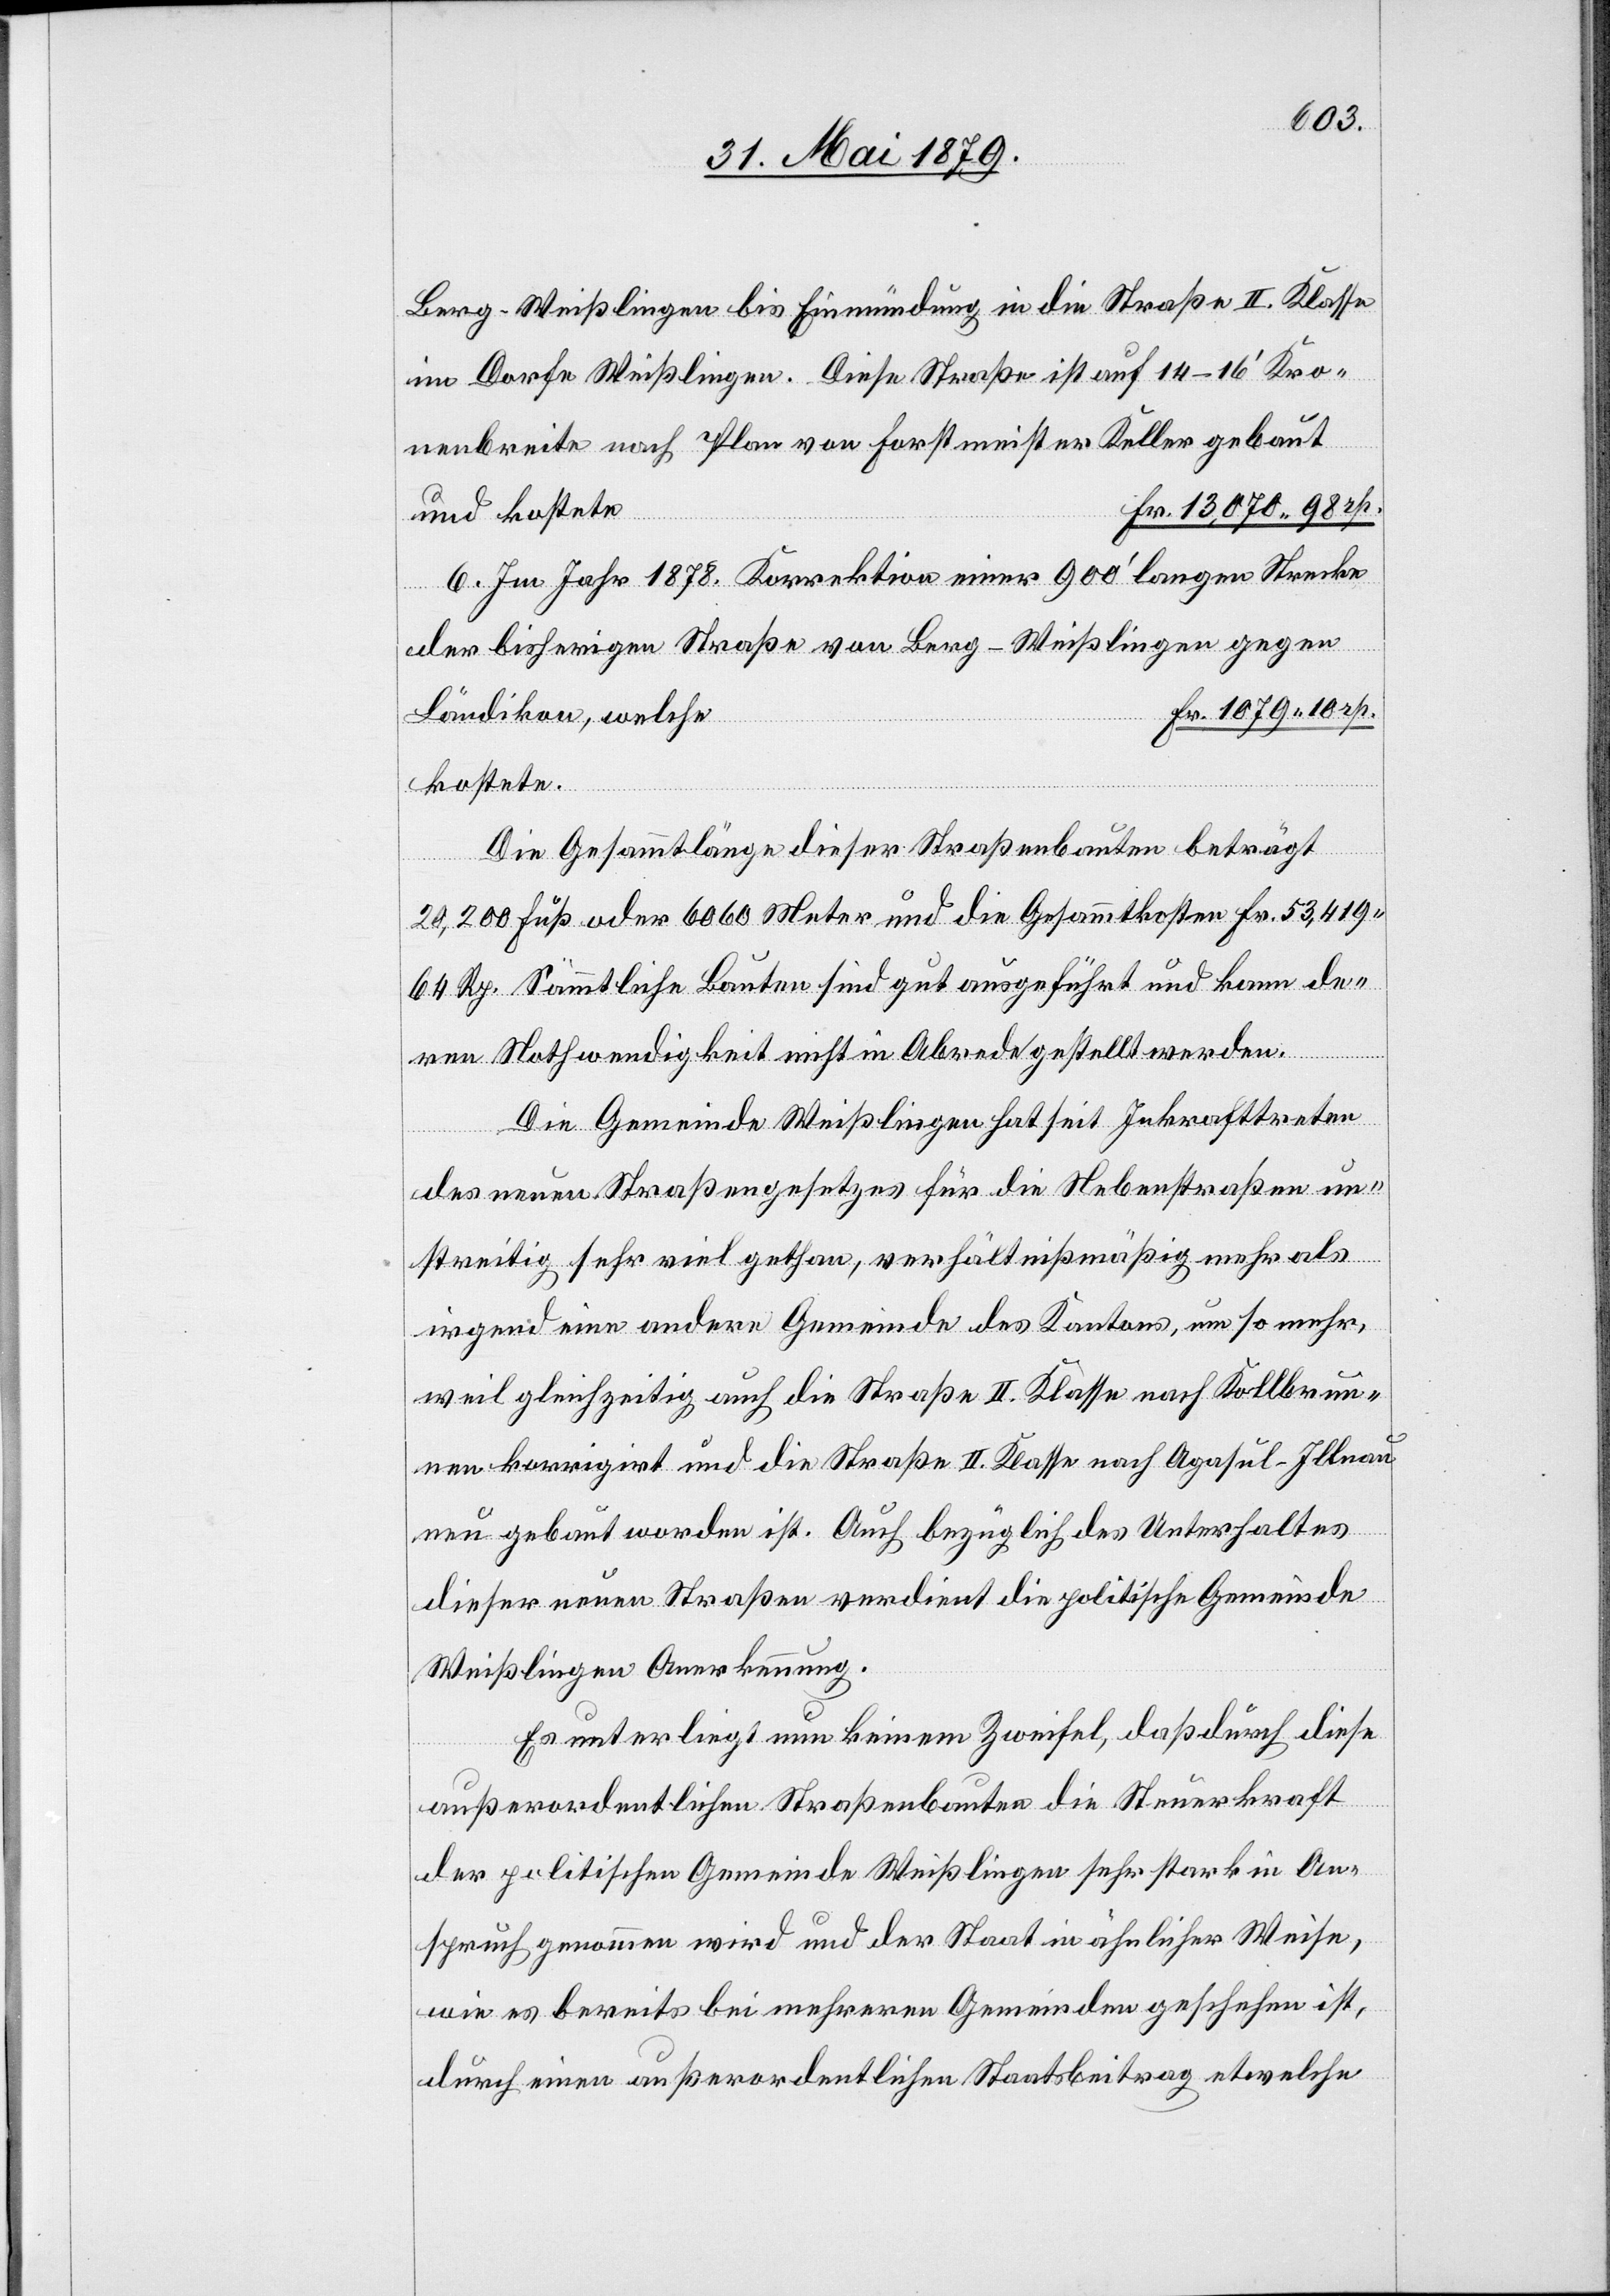
Berg - Weißlingen bis Einmündung in die Straße II. Klasse
im Dorfe Weißlingen. Diese Straße ist auf 14–16‘ Kro¬
nenbreite nach Plan von Forstmeister Keller gebaut
13,070 98 rp.
Ländikon,
6. Im Jahr 1878. Korrektion einer 900‘ langen Strecke
der bisherigen Straße von Berg - Weißlingen gegen
kostete.
Die Gesammtlänge dieser Straßenbaute beträgt
20,200 Fuß oder 6060 Meter und die Gesammtkosten Fr. 53,419
64 Rp. Sämmtliche Bauten sind gut ausgeführt und kann de¬
ren Nothwendigkeit nicht in Abrede gestellt werden.
Die Gemeinde Weißlingen hat seit Inkrafttreten
des neuen Straßengesetzes für die Nebenstraßen un¬
streitig sehr viel gethan, verhältnißmäßig mehr als
irgend eine andere Gemeinde des Kantons, um so mehr,
weil gleichzeitig auch die Straße II. Klasse nach Kollbrun¬
nen korrigirt und die Straße II. Klasse nach Agasul - Illnau
neu gebaut worden ist. Auch bezüglich des Unterhaltes
dieser neuen Straßen verdient die politische Gemeinde
Weißlingen Anerkennung.
Es unterliegt nun keinem Zweifel, daß durch diese
außerordentlichen Straßenbauten die Steuerkraft
der politischen Gemeinde Weißlingen sehr stark in An¬
spruch genommen wird und der Staat in ähnlicher Weise,
wie es bereits bei mehreren Gemeinden geschehen ist,
durch einen außerordentlichen Staatsbeitrag etwelche